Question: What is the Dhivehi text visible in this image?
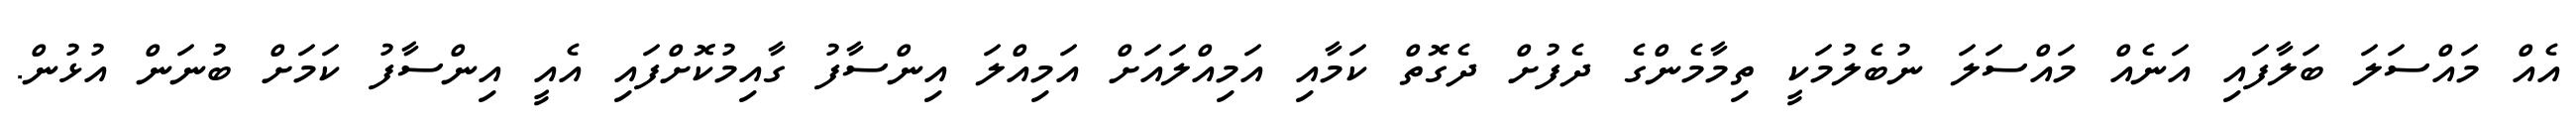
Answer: އެއް މައްސަލަ ބަލާފައި އަނެއް މައްސަލަ ނުބެލުމަކީ ތިމާމެންގެ ދެފުށް ދެގޮތް ކަމާއި އަމިއްލައަށް އަމިއްލަ އިންސާފު ގާއިމުކޮށްފައި އެއީ އިންސާފު ކަމަށް ބުނަން އުޅުން.